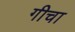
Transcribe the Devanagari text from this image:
गीचा